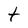
Character: t